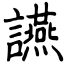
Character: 讌